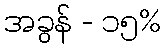
အခွန် - ၁၅%